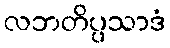
လဘတိပ္ပသာဒံ